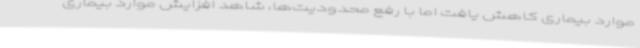
موارد بیماری کاهش یافت اما با رفع محدودیت‌ها، شاهد افزایش موارد بیماری